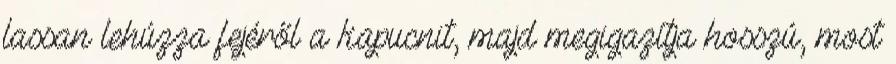
lassan lehúzza fejéről a kapucnit, majd megigazítja hosszú, most